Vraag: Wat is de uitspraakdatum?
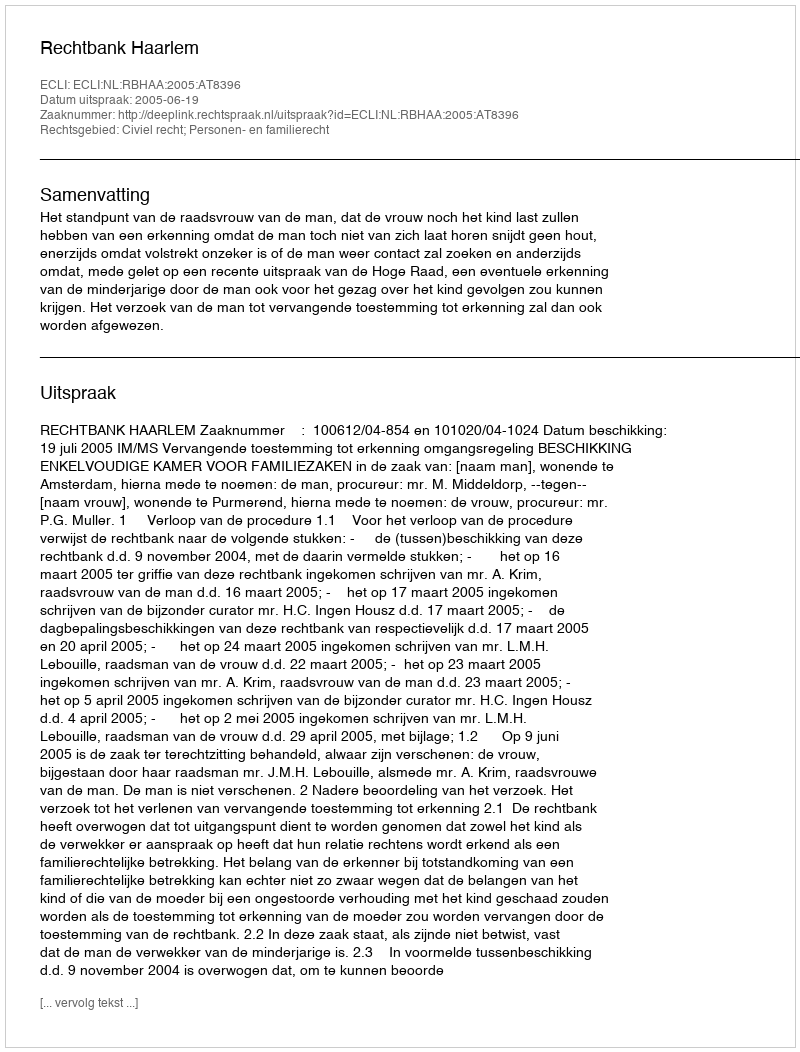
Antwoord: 2005-06-19